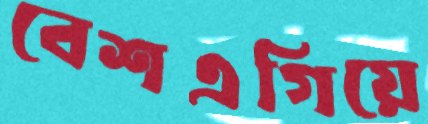
বেশএগিয়ে